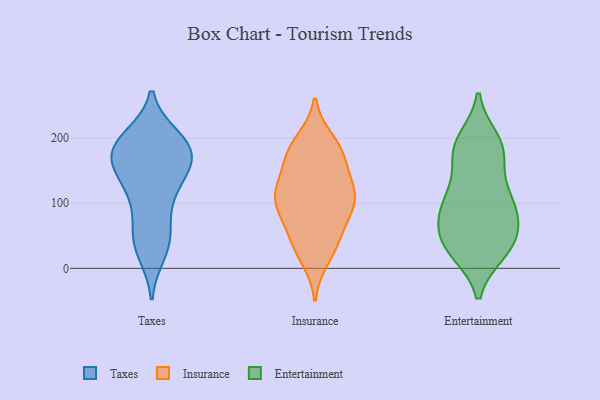
{"axis": {"x": "Churn Rate (%)", "y": "Value"}, "legend": ["Entertainment", "Insurance", "Taxes"], "data": [{"x": "", "y": 192, "type": "Taxes"}, {"x": "", "y": 172, "type": "Taxes"}, {"x": "", "y": 96, "type": "Taxes"}, {"x": "", "y": 193, "type": "Taxes"}, {"x": "", "y": 158, "type": "Taxes"}, {"x": "", "y": 178, "type": "Taxes"}, {"x": "", "y": 117, "type": "Taxes"}, {"x": "", "y": 51, "type": "Taxes"}, {"x": "", "y": 147, "type": "Taxes"}, {"x": "", "y": 39, "type": "Taxes"}, {"x": "", "y": 184, "type": "Taxes"}, {"x": "", "y": 123, "type": "Taxes"}, {"x": "", "y": 184, "type": "Taxes"}, {"x": "", "y": 199, "type": "Taxes"}, {"x": "", "y": 156, "type": "Taxes"}, {"x": "", "y": 47, "type": "Taxes"}, {"x": "", "y": 25, "type": "Taxes"}, {"x": "", "y": 56, "type": "Insurance"}, {"x": "", "y": 96, "type": "Insurance"}, {"x": "", "y": 105, "type": "Insurance"}, {"x": "", "y": 179, "type": "Insurance"}, {"x": "", "y": 135, "type": "Insurance"}, {"x": "", "y": 33, "type": "Insurance"}, {"x": "", "y": 37, "type": "Insurance"}, {"x": "", "y": 171, "type": "Insurance"}, {"x": "", "y": 69, "type": "Insurance"}, {"x": "", "y": 195, "type": "Insurance"}, {"x": "", "y": 16, "type": "Insurance"}, {"x": "", "y": 122, "type": "Insurance"}, {"x": "", "y": 110, "type": "Insurance"}, {"x": "", "y": 171, "type": "Insurance"}, {"x": "", "y": 98, "type": "Insurance"}, {"x": "", "y": 185, "type": "Insurance"}, {"x": "", "y": 101, "type": "Insurance"}, {"x": "", "y": 127, "type": "Insurance"}, {"x": "", "y": 102, "type": "Entertainment"}, {"x": "", "y": 97, "type": "Entertainment"}, {"x": "", "y": 96, "type": "Entertainment"}, {"x": "", "y": 181, "type": "Entertainment"}, {"x": "", "y": 34, "type": "Entertainment"}, {"x": "", "y": 100, "type": "Entertainment"}, {"x": "", "y": 62, "type": "Entertainment"}, {"x": "", "y": 196, "type": "Entertainment"}, {"x": "", "y": 131, "type": "Entertainment"}, {"x": "", "y": 90, "type": "Entertainment"}, {"x": "", "y": 29, "type": "Entertainment"}, {"x": "", "y": 188, "type": "Entertainment"}, {"x": "", "y": 54, "type": "Entertainment"}, {"x": "", "y": 26, "type": "Entertainment"}, {"x": "", "y": 183, "type": "Entertainment"}, {"x": "", "y": 173, "type": "Entertainment"}, {"x": "", "y": 29, "type": "Entertainment"}, {"x": "", "y": 50, "type": "Entertainment"}]}